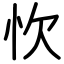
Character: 忺